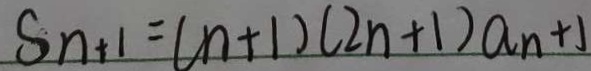
S _ { n + 1 } = ( n + 1 ) ( 2 n + 1 ) a _ { n } + 1